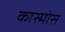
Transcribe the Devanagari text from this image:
कास्मोस